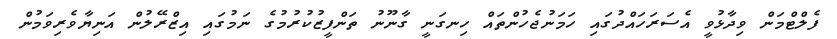
ފެލްޓްމަން ވިދާޅުވީ އެސަރަހައްދުގައި ހަމަނުޖެހުންތައް ހިނގަނީ ގާނޫނު ތަންފީޒުކުރުމުގެ ނަމުގައި އިޒްރޭލުން އަނިޔާވެރިވަމުން